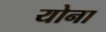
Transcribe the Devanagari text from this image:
योना